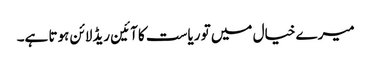
میرے خیال میں تو ریاست کا آئین ریڈلائن ہوتا ہے۔